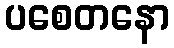
ပစေတနော